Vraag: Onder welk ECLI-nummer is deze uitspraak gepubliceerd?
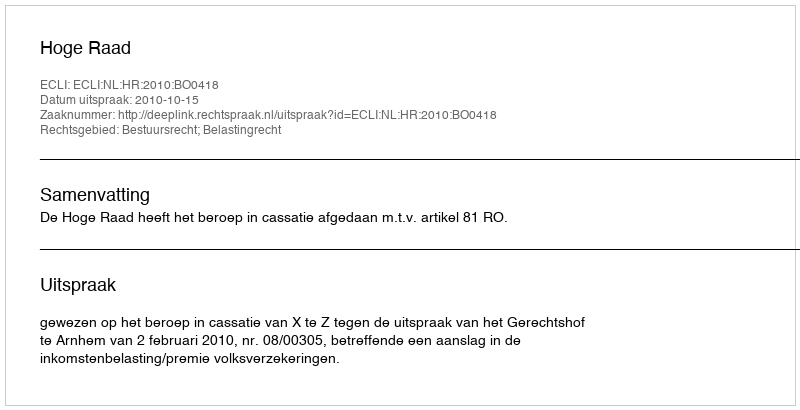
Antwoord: ECLI:NL:HR:2010:BO0418